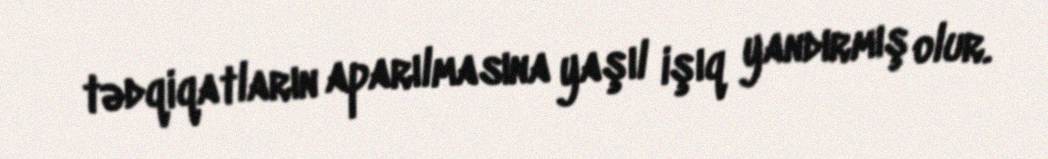
tədqiqatların aparılmasına yaşıl işıq yandırmış olur.